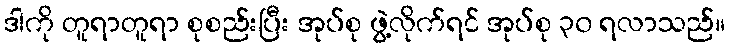
ဒါကို တူရာတူရာ စုစည်းပြီး အုပ်စု ဖွဲ့လိုက်ရင် အုပ်စု ၃၀ ရလာသည်။